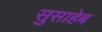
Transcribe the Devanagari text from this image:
सुसाहेब